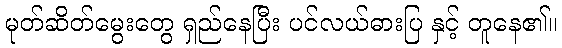
မုတ်ဆိတ်မွေးတွေ ရှည်နေပြီး ပင်လယ်ဓားပြ နှင့် တူနေ၏။